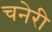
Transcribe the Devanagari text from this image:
चनेरी